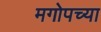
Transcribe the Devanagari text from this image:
मगोपच्या